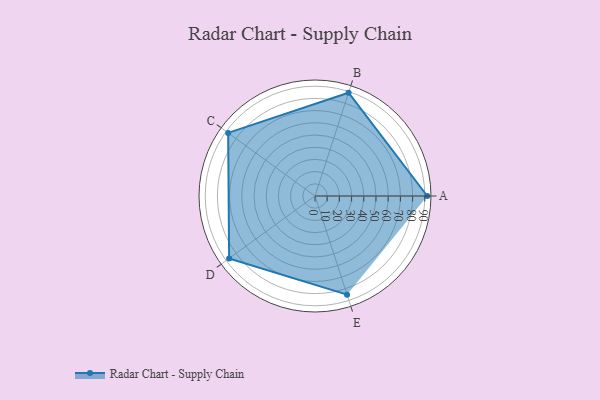
{"axis": {"x": "Skill", "y": "Score"}, "legend": ["Profile"], "data": [{"x": "A", "y": 92.0, "type": "Profile"}, {"x": "B", "y": 89.0, "type": "Profile"}, {"x": "C", "y": 88.0, "type": "Profile"}, {"x": "D", "y": 87.0, "type": "Profile"}, {"x": "E", "y": 85.0, "type": "Profile"}]}